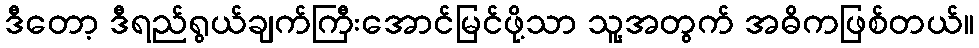
ဒီတော့ ဒီရည်ရွယ်ချက်ကြီးအောင်မြင်ဖို့သာ သူ့အတွက် အဓိကဖြစ်တယ်။